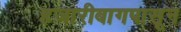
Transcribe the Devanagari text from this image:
हजारीबागपासून